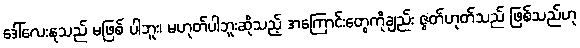
ဒေါ်လေးနုသည် မဖြစ် ပါဘူး၊ မဟုတ်ပါဘူးဆိုသည့် အကြောင်းတွေကိုချည်း ဇွတ်ဟုတ်သည် ဖြစ်သည်ဟု